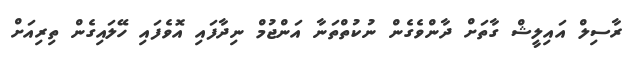
ރާސިލް އައިލީޝް ގާތަށް ދާންވެގެން ނުކުތްތަނާ އަންޖުމް ނިދާފައި އޮވެފައި ހޭލައިގެން ތިރިއަށް